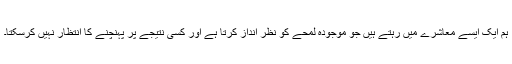
ہم ایک ایسے معاشرے میں رہتے ہیں جو موجودہ لمحے کو نظر انداز کرتا ہے اور کسی نتیجے پر پہنچنے کا انتظار نہیں کرسکتا۔